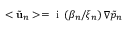
< \tilde { \mathbf { u } } _ { n } > = \mathrm { ~ i ~ } \left( \beta _ { n } / \xi _ { n } \right) \nabla \tilde { p } _ { n }